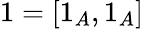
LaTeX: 1=[1_{A},1_{A}]